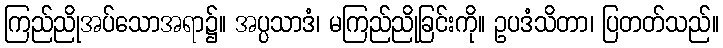
ကြည်ညိုအပ်သောအရာ၌။ အပ္ပသာဒံ၊ မကြည်ညိုခြင်းကို။ ဥပဒံသိတာ၊ ပြတတ်သည်။